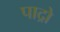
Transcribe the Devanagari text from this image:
पाद्रो